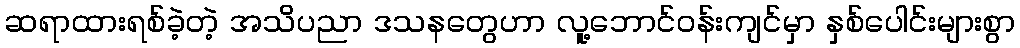
ဆရာထားရစ်ခဲ့တဲ့ အသိပညာ ဒသနတွေဟာ လူ့ဘောင်ဝန်းကျင်မှာ နှစ်ပေါင်းများစွာ